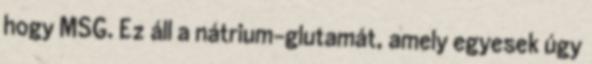
hogy MSG. Ez áll a nátrium-glutamát, amely egyesek úgy